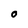
Character: 0